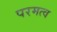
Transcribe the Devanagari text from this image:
परमत्व